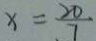
x = \frac { 2 0 } { 7 }